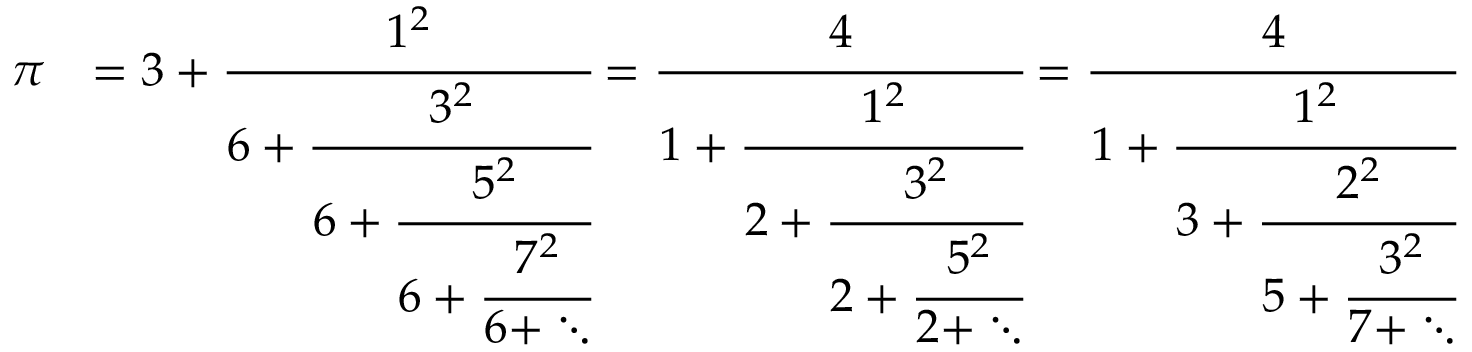
{ \begin{array} { r l } { \pi } & { = 3 + { \cfrac { 1 ^ { 2 } } { 6 + { \cfrac { 3 ^ { 2 } } { 6 + { \cfrac { 5 ^ { 2 } } { 6 + { \cfrac { 7 ^ { 2 } } { 6 + \ddots } } } } } } } } = { \cfrac { 4 } { 1 + { \cfrac { 1 ^ { 2 } } { 2 + { \cfrac { 3 ^ { 2 } } { 2 + { \cfrac { 5 ^ { 2 } } { 2 + \ddots } } } } } } } } = { \cfrac { 4 } { 1 + { \cfrac { 1 ^ { 2 } } { 3 + { \cfrac { 2 ^ { 2 } } { 5 + { \cfrac { 3 ^ { 2 } } { 7 + \ddots } } } } } } } } } \end{array} }